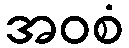
အဝစံ